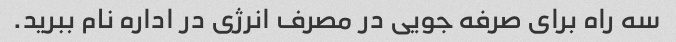
سه راه برای صرفه جویی در مصرف انرژی در اداره نام ببرید.